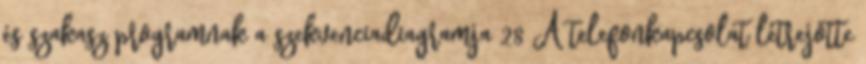
és szakasz programnak a szekvenciadiagramja 28 A telefonkapcsolat létrejötte